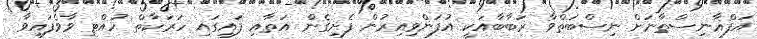
އަފްޣާނިސްތާނަށް ނިސްބަތްވާ ރަބާބާއަކީ އުފަންވިއިރުން ފެށިގެން އަތާއި ފައިގައި ހަރަކާތް ހުއްޓި ވާވެފައިވާ